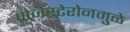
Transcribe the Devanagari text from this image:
प्रोजेस्टेरोनमुळे